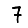
Digit: 7